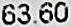
63.60